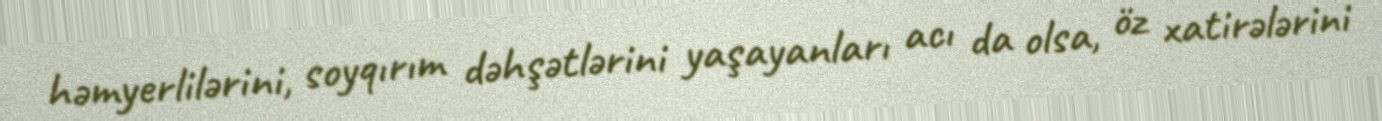
həmyerlilərini, soyqırım dəhşətlərini yaşayanları acı da olsa, öz xatirələrini